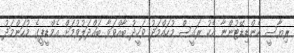
ރިޔާސީ ކެންޑިޑޭޓުންނާ އެކު ރައީސް މުހައްމަދު ވަހީދު ބާއްވަވާ ބައްދަލުވުމަށް އެމްޑީޕީގެ މުހަންމަދު